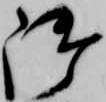
御